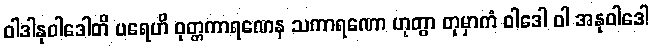
ဝါဒါနုဝါဒေါတိ ပရေဟိ ဝုတ္တကာရဏေန သကာရဏော ဟုတွာ တုမှာကံ ဝါဒေါ ဝါ အနုဝါဒေါ